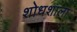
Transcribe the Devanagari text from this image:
शोधशाला